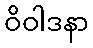
ဝိဝါဒနာ